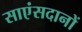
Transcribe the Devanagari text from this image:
साएंसदानों